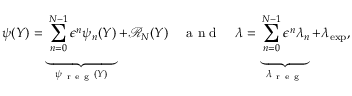
\psi ( Y ) = \underbrace { \sum _ { n = 0 } ^ { N - 1 } \epsilon ^ { n } \psi _ { n } ( Y ) } _ { \psi _ { \mathrm { ~ r ~ e ~ g ~ } } ( Y ) } + \mathcal { R } _ { N } ( Y ) \quad \mathrm { ~ a ~ n ~ d ~ } \quad \lambda = \underbrace { \sum _ { n = 0 } ^ { N - 1 } \epsilon ^ { n } \lambda _ { n } } _ { \lambda _ { \mathrm { ~ r ~ e ~ g ~ } } } + \lambda _ { \mathrm { e x p } } ,